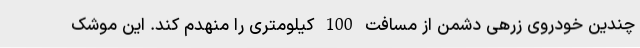
چندین خودروی زرهی دشمن از مسافت 100 کیلومتری را منهدم کند. این موشک